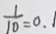
\frac { 1 } { 1 0 } = 0 . 1